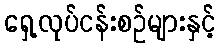
ရှေ့လုပ်ငန်းစဉ်များနှင့်